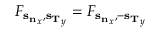
F _ { { \bf s _ { n } } _ { x } , { \bf s _ { T } } _ { y } } = F _ { { \bf s _ { n } } _ { x } , { \bf - s _ { T } } _ { y } }